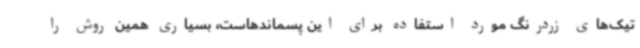
تیک‌های زردرنگ مورد استفاده برای این پسماندهاست، بسیاری همین روش را